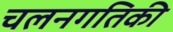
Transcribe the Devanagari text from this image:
चलनगतिकी